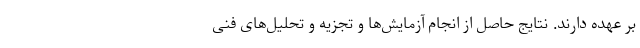
بر عهده دارند. نتایج حاصل از انجام آزمایش‌ها و تجزیه و تحلیل‌های فنی